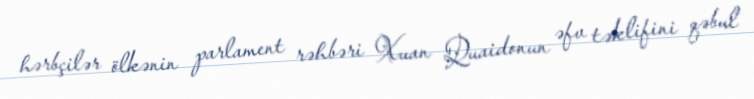
hərbçilər ölkənin parlament rəhbəri Xuan Quaidonun əfv təklifini qəbul